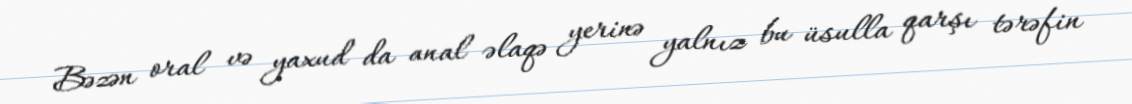
Bəzən oral və yaxud da anal əlaqə yerinə yalnız bu üsulla qarşı tərəfin